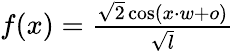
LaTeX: \begin{array}{r}{f(x)=\frac{\sqrt{2}\cos(x\cdot w+o)}{\sqrt{l}}}\end{array}